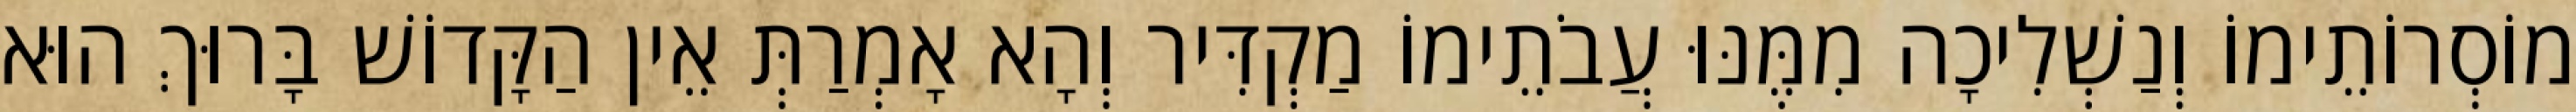
מוֹסְרוֹתֵימוֹ וְנַשְׁלִיכָה מִמֶּנּוּ עֲבֹתֵימוֹ מַקְדִּיר וְהָא אָמְרַתְּ אֵין הַקָּדוֹשׁ בָּרוּךְ הוּא